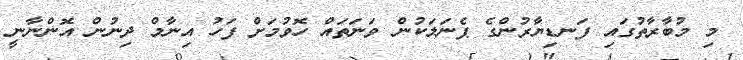
މި މުބާރާތުގައި ފަނޑިޔާރުންގެ ޕެނަލަކުން ވަނަތައް ހޮވުމަށް ފަހު އިނާމް ދިނުން އޮންނާނީ